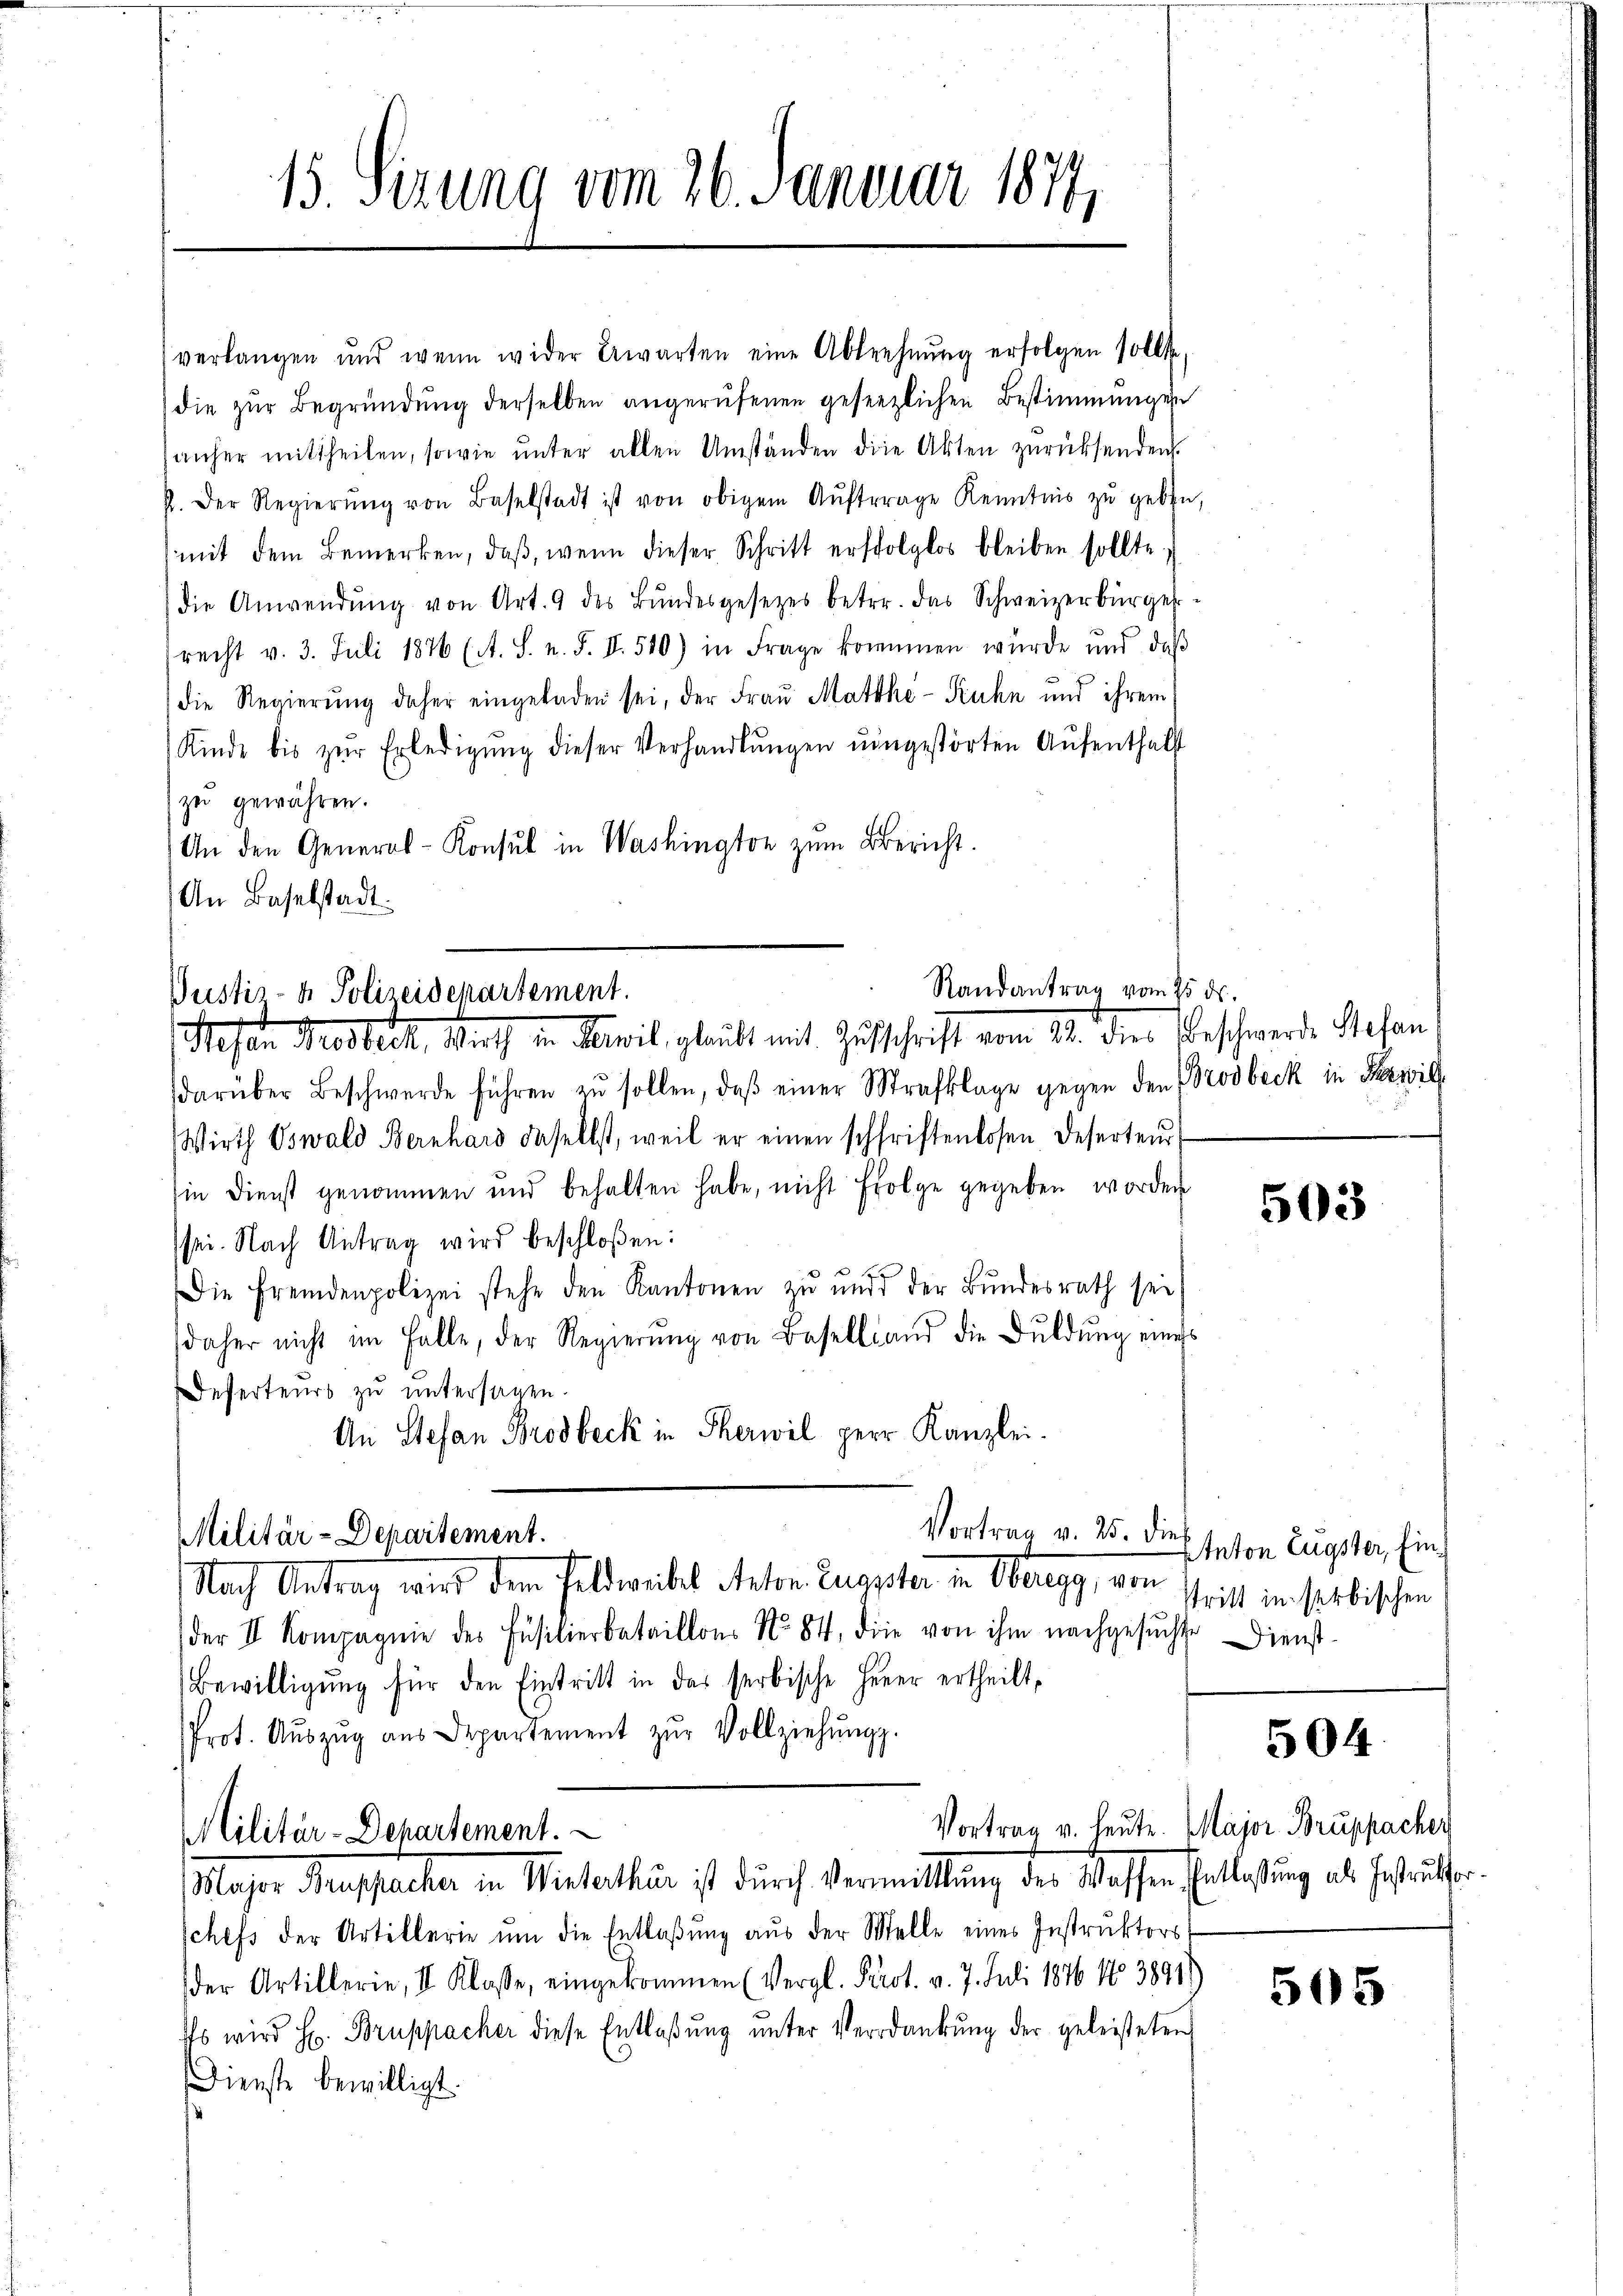
15. Sizung vom 26. Januar 1870,

verlangen und wenn wider Erwarten eine Abtrehnŭng erfolgen sollt
die zŭr Begründŭng derselben angerufenen gesezlichen Bestimmungen
anher mittheilen, sowie ŭnter allen Umständen die Akten zŭrücksenden.
p. Der Regierŭng von Baselstadt ist von obigem Aŭftrage Kenntnis zŭ geben,
mit dem Bemerken, daβ, wenn dieser Schritt erfolglos bleiben sollte,
die Anwendŭng von Art. 9 des Bŭndesgesetzes betr. das Schweizerbürger-
recht v. 3. Juli 1876 (A. S. n. F. II. 510) in Frage kommen würde und daβ
die Regierŭng daher eingeladen sei, der Fraŭ Matthi-Kuhn und ihrem
Kinde bis zŭr Erledigŭng dieser Verhandlŭngen eingestörten Aŭfenthalst
zu gewähren.
An den General-Konsul in Washington zŭm Bericht.
An Baselstadt.

Randantrag vom 25. ds.
Pustiz- & Polizeidepartement.
Stefan Proseck, Wirth in Meil, glaubt mit Zuschrift vom 21. dies Beschwerde Stefan¬

Militär-Departement.

darüber Beschwerde führen zŭ sollen, daβ einer Strafklage gegen den Brodbeck in Bewil
Wirth Oswald Bernhard daselbst, weil er einen schriftenlosen Deserteŭr
in Dienst genommen und behalten habe, nicht folge gegeben worden
sei. Nach Antrag wird beschloßen:
Die Fremdenpolizei stehe den Kantonen zŭ ŭnd der Bŭndesrath sei
daher nicht im Falle, der Regierŭng von Baselland die Bŭldŭng eines
Desserteurs zŭ ŭntersagen.
An Stefan Brodbeck in Therwil Herr Kanzlei.

Vortrag v. 25. die
Nach Antrag wird dem Feldweibes Anton. Zugster in Oberegg, von schritt in serbischen

Militär-Departement.
Major Aufsacher in Winterthur ist durch Vermittlung der Wassen Entlassung als Gestritter

der II. Kompagnie des Füsilierbataillons No. 84, die von ihm nachgesuchte Dienst-
Bewilligung für den Eintritt in das serbische Herer ertheilt,
Prot. Aŭszŭg aŭs Departement zŭr Vollziehŭngs-

schefs der Artillerie ŭm die Entlaβŭng aŭs der Stelle eines Instrŭktors
der Artillerie, II Klasse, eingekommen (Vergl. Prot. v. 7. Juli 1876. No 3891)
Es wird H. Bruppacher diese Entlaβŭng ŭnter Verdankŭng der geleisteten
Dienste bewilligt.

Etnton Eugster, Ein¬

503

504.

Vortrag v. heute. Major Bruppacher

505